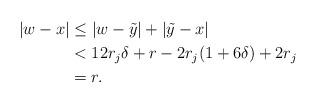
LaTeX: \begin{align*} \vert w-x \vert &\leq \vert w-\tilde y\vert + \vert \tilde y -x \vert\\ &< 12r_j\delta + r-2r_j(1+6\delta) + 2r_j\\ &= r. \end{align*}